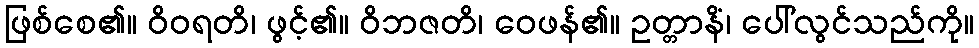
ဖြစ်စေ၏။ ဝိဝရတိ၊ ဖွင့်၏။ ဝိဘဇတိ၊ ဝေဖန်၏။ ဥတ္တာနိံ၊ ပေါ်လွင်သည်ကို။